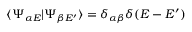
\langle \Psi _ { \alpha E } | \Psi _ { \beta E ^ { \prime } } \rangle = \delta _ { \alpha \beta } \delta ( E - E ^ { \prime } )